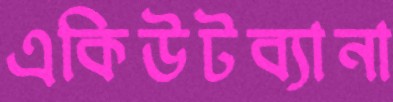
একিউটব্যানা